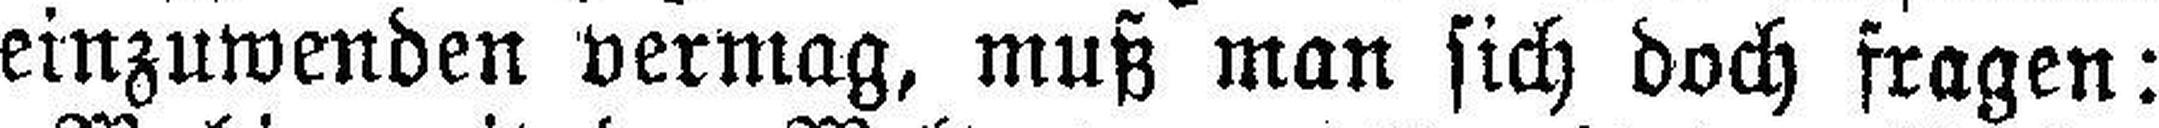
einzuwenden vermag, muß man sich doch fragen: